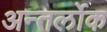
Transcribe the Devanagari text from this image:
अन्तर्लोक